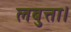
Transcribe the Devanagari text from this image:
लबुत्ता।